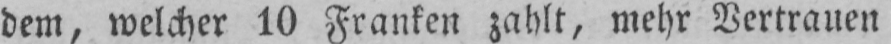
dem, welcher 10 Franken zahlt, mehr Vertrauen